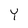
Character: Y